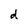
Character: d